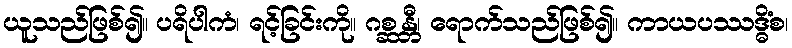
ယူသည်ဖြစ်၍။ ပရိပါကံ၊ ရင့်ခြင်းကို။ ဂစ္ဆန္တီ၊ ရောက်သည်ဖြစ်၍။ ကာယပဿဒ္ဓိံစ၊